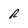
Character: R